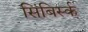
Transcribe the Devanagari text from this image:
सिंबिर्स्क